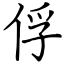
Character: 俘